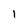
Character: 1